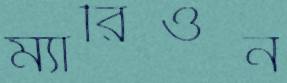
ম্যারিওন